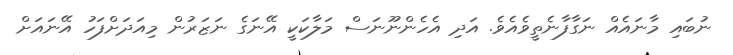
ނުބައި މާނައެއް ނަގާފާނެތީވެއެވެ. އަދި އެހެންނޫނަސް މަލާކަކީ އޭނަގެ ނަޒަރުން މިއަދަށްފަހު އޭނައަށް